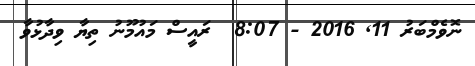
ނޮވެމްބަރު 11